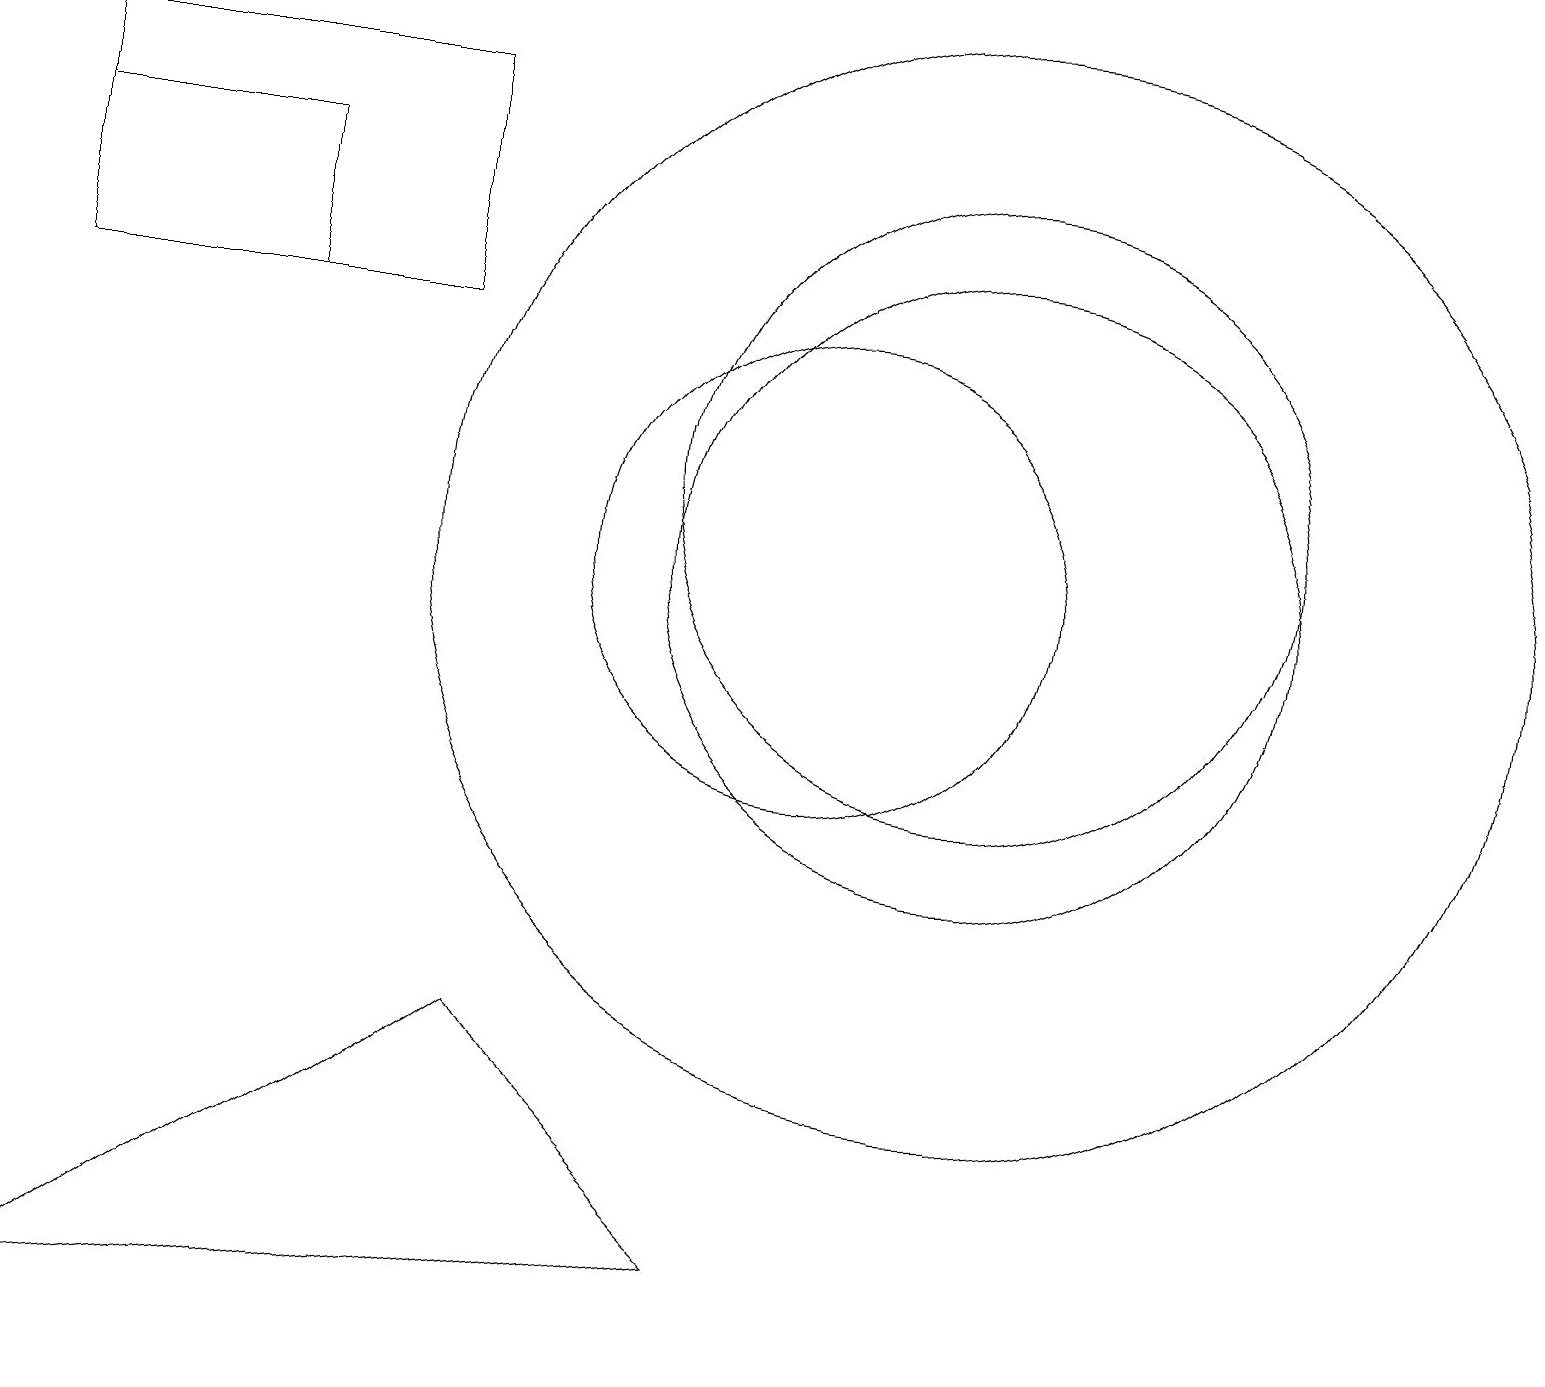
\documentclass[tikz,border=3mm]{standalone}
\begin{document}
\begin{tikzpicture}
\draw (12,10) circle (4);
\draw (3,15) rectangle (0,13);
\draw (6,4) -- (0,0) -- (9,1) -- cycle;
\draw (0,16) rectangle (5,13);
\draw (12,10) circle (7);
\draw (10,10) circle (3);
\draw (12,11) circle (4);
\draw (10,11) circle (0);
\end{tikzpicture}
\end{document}